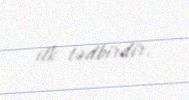
ilk tədbirdir.